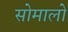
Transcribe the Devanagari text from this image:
सोमालो